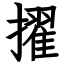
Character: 擢